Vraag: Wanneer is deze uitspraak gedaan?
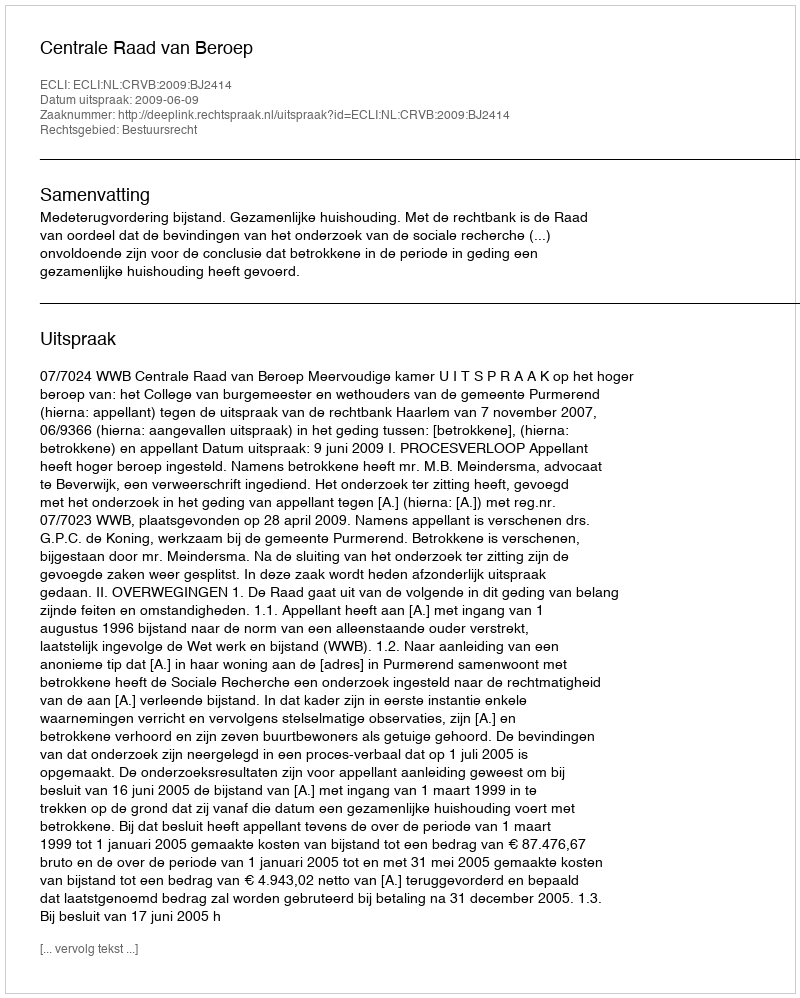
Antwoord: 2009-06-09